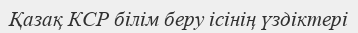
Қазақ КСР білім беру ісінің үздіктері